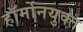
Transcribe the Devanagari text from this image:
हॉर्मोनयुक्त